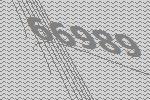
66989